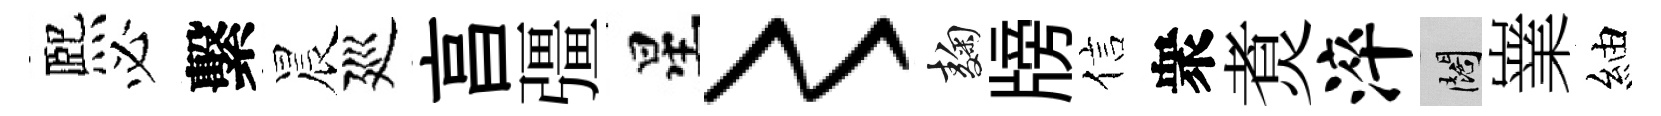
熈必繫晨廵亯彊星〻麹牓信衆煑淬闊嶪紬